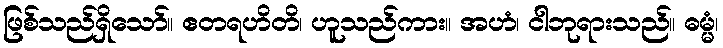
ဖြစ်သည်ရှိသော်။ ဧတရဟိတိ၊ ဟူသည်ကား။ အဟံ၊ ငါဘုရားသည်။ ဓမ္မံ၊